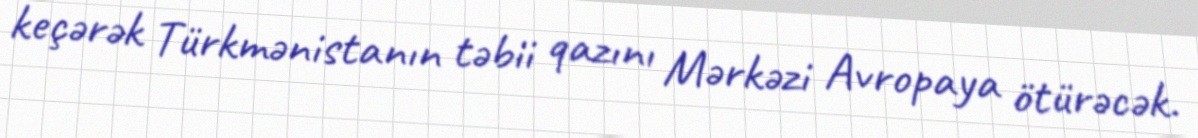
keçərək Türkmənistanın təbii qazını Mərkəzi Avropaya ötürəcək.